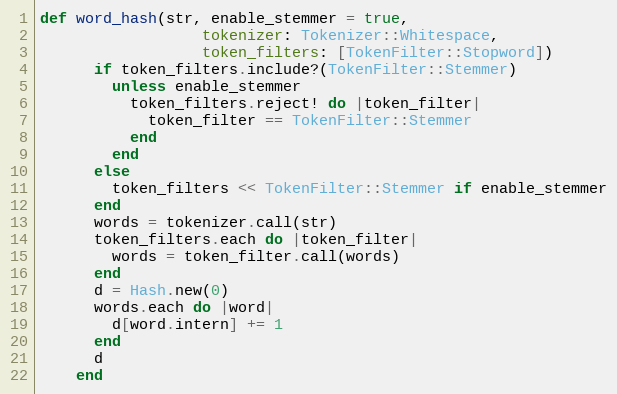
Language: Ruby
def word_hash(str, enable_stemmer = true,
                  tokenizer: Tokenizer::Whitespace,
                  token_filters: [TokenFilter::Stopword])
      if token_filters.include?(TokenFilter::Stemmer)
        unless enable_stemmer
          token_filters.reject! do |token_filter|
            token_filter == TokenFilter::Stemmer
          end
        end
      else
        token_filters << TokenFilter::Stemmer if enable_stemmer
      end
      words = tokenizer.call(str)
      token_filters.each do |token_filter|
        words = token_filter.call(words)
      end
      d = Hash.new(0)
      words.each do |word|
        d[word.intern] += 1
      end
      d
    end